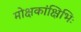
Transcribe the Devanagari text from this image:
मोक्षकांक्षिभिः